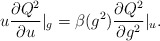
\begin{align*}u\frac{\partial Q^2}{\partial u}|_g= \beta (g^2)\frac{\partial Q^2}{\partial g^2}|_u.\end{align*}